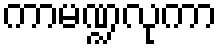
ကာမဏ္ဍလုကာ